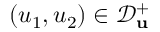
( u _ { 1 } , u _ { 2 } ) \in \mathcal { D } _ { \mathbf { u } } ^ { + }